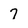
Character: 7